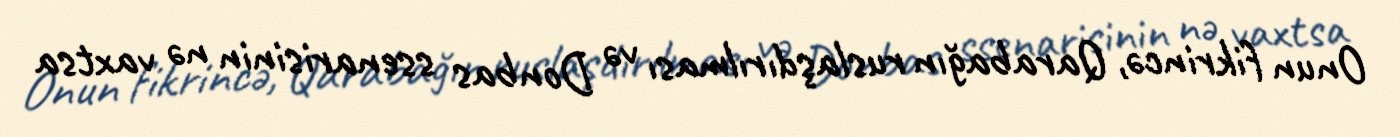
Onun fikrincə, Qarabağın ruslaşdırılması və Donbas ssenarisinin nə vaxtsa